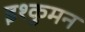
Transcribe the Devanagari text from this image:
इश्कुमन